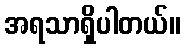
အရသာရှိပါတယ်။